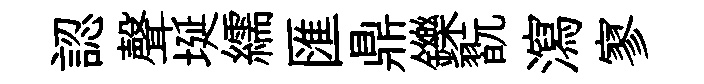
認聲埏繻匯鼎鑠翫瀉寥